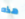
هذه